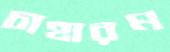
চাহারম